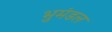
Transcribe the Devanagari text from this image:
भुमंडल